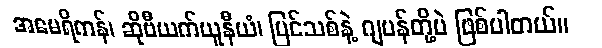
အမေရိကန်၊ ဆိုဗီယက်ယူနီယံ၊ ပြင်သစ်နဲ့ ဂျပန်တို့ပဲ ဖြစ်ပါတယ်။